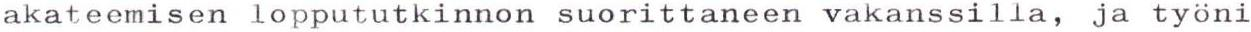
akateemisen loppututkinnon suorittaneen vakanssilla, ja työni